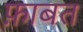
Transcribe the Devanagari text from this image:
फ़ाबत